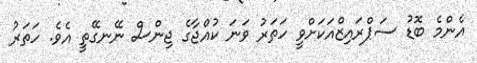
އެންމެ ބޮޑު ސަޕްރައިޒްއަކަށްވީ ހަތަރު ވަނަ ކުއްޖާގެ ޖިންސް ނޭނގޭތީ އެވެ. ހަތަރު